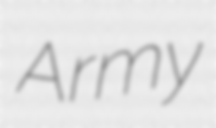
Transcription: Army